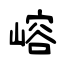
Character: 嵱